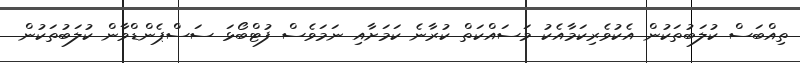
ތިއްބަސް ކުލަބުތަކުން އެކުވެރިކަމާއެކު މަސައްކަތް ކުރާނެ ކަމަށާއި ނަމަވެސް ފުޓްބޯޅަ ސަސްޕެންޑްވާން ކުލަބުތަކުން